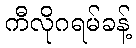
ကီလိုဂရမ်ခန့်